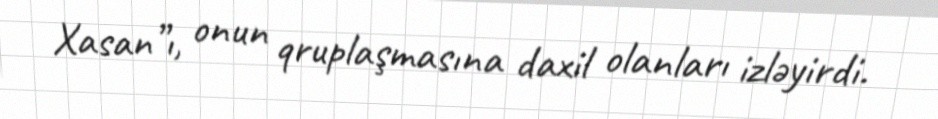
Xasan”ı, onun qruplaşmasına daxil olanları izləyirdi.